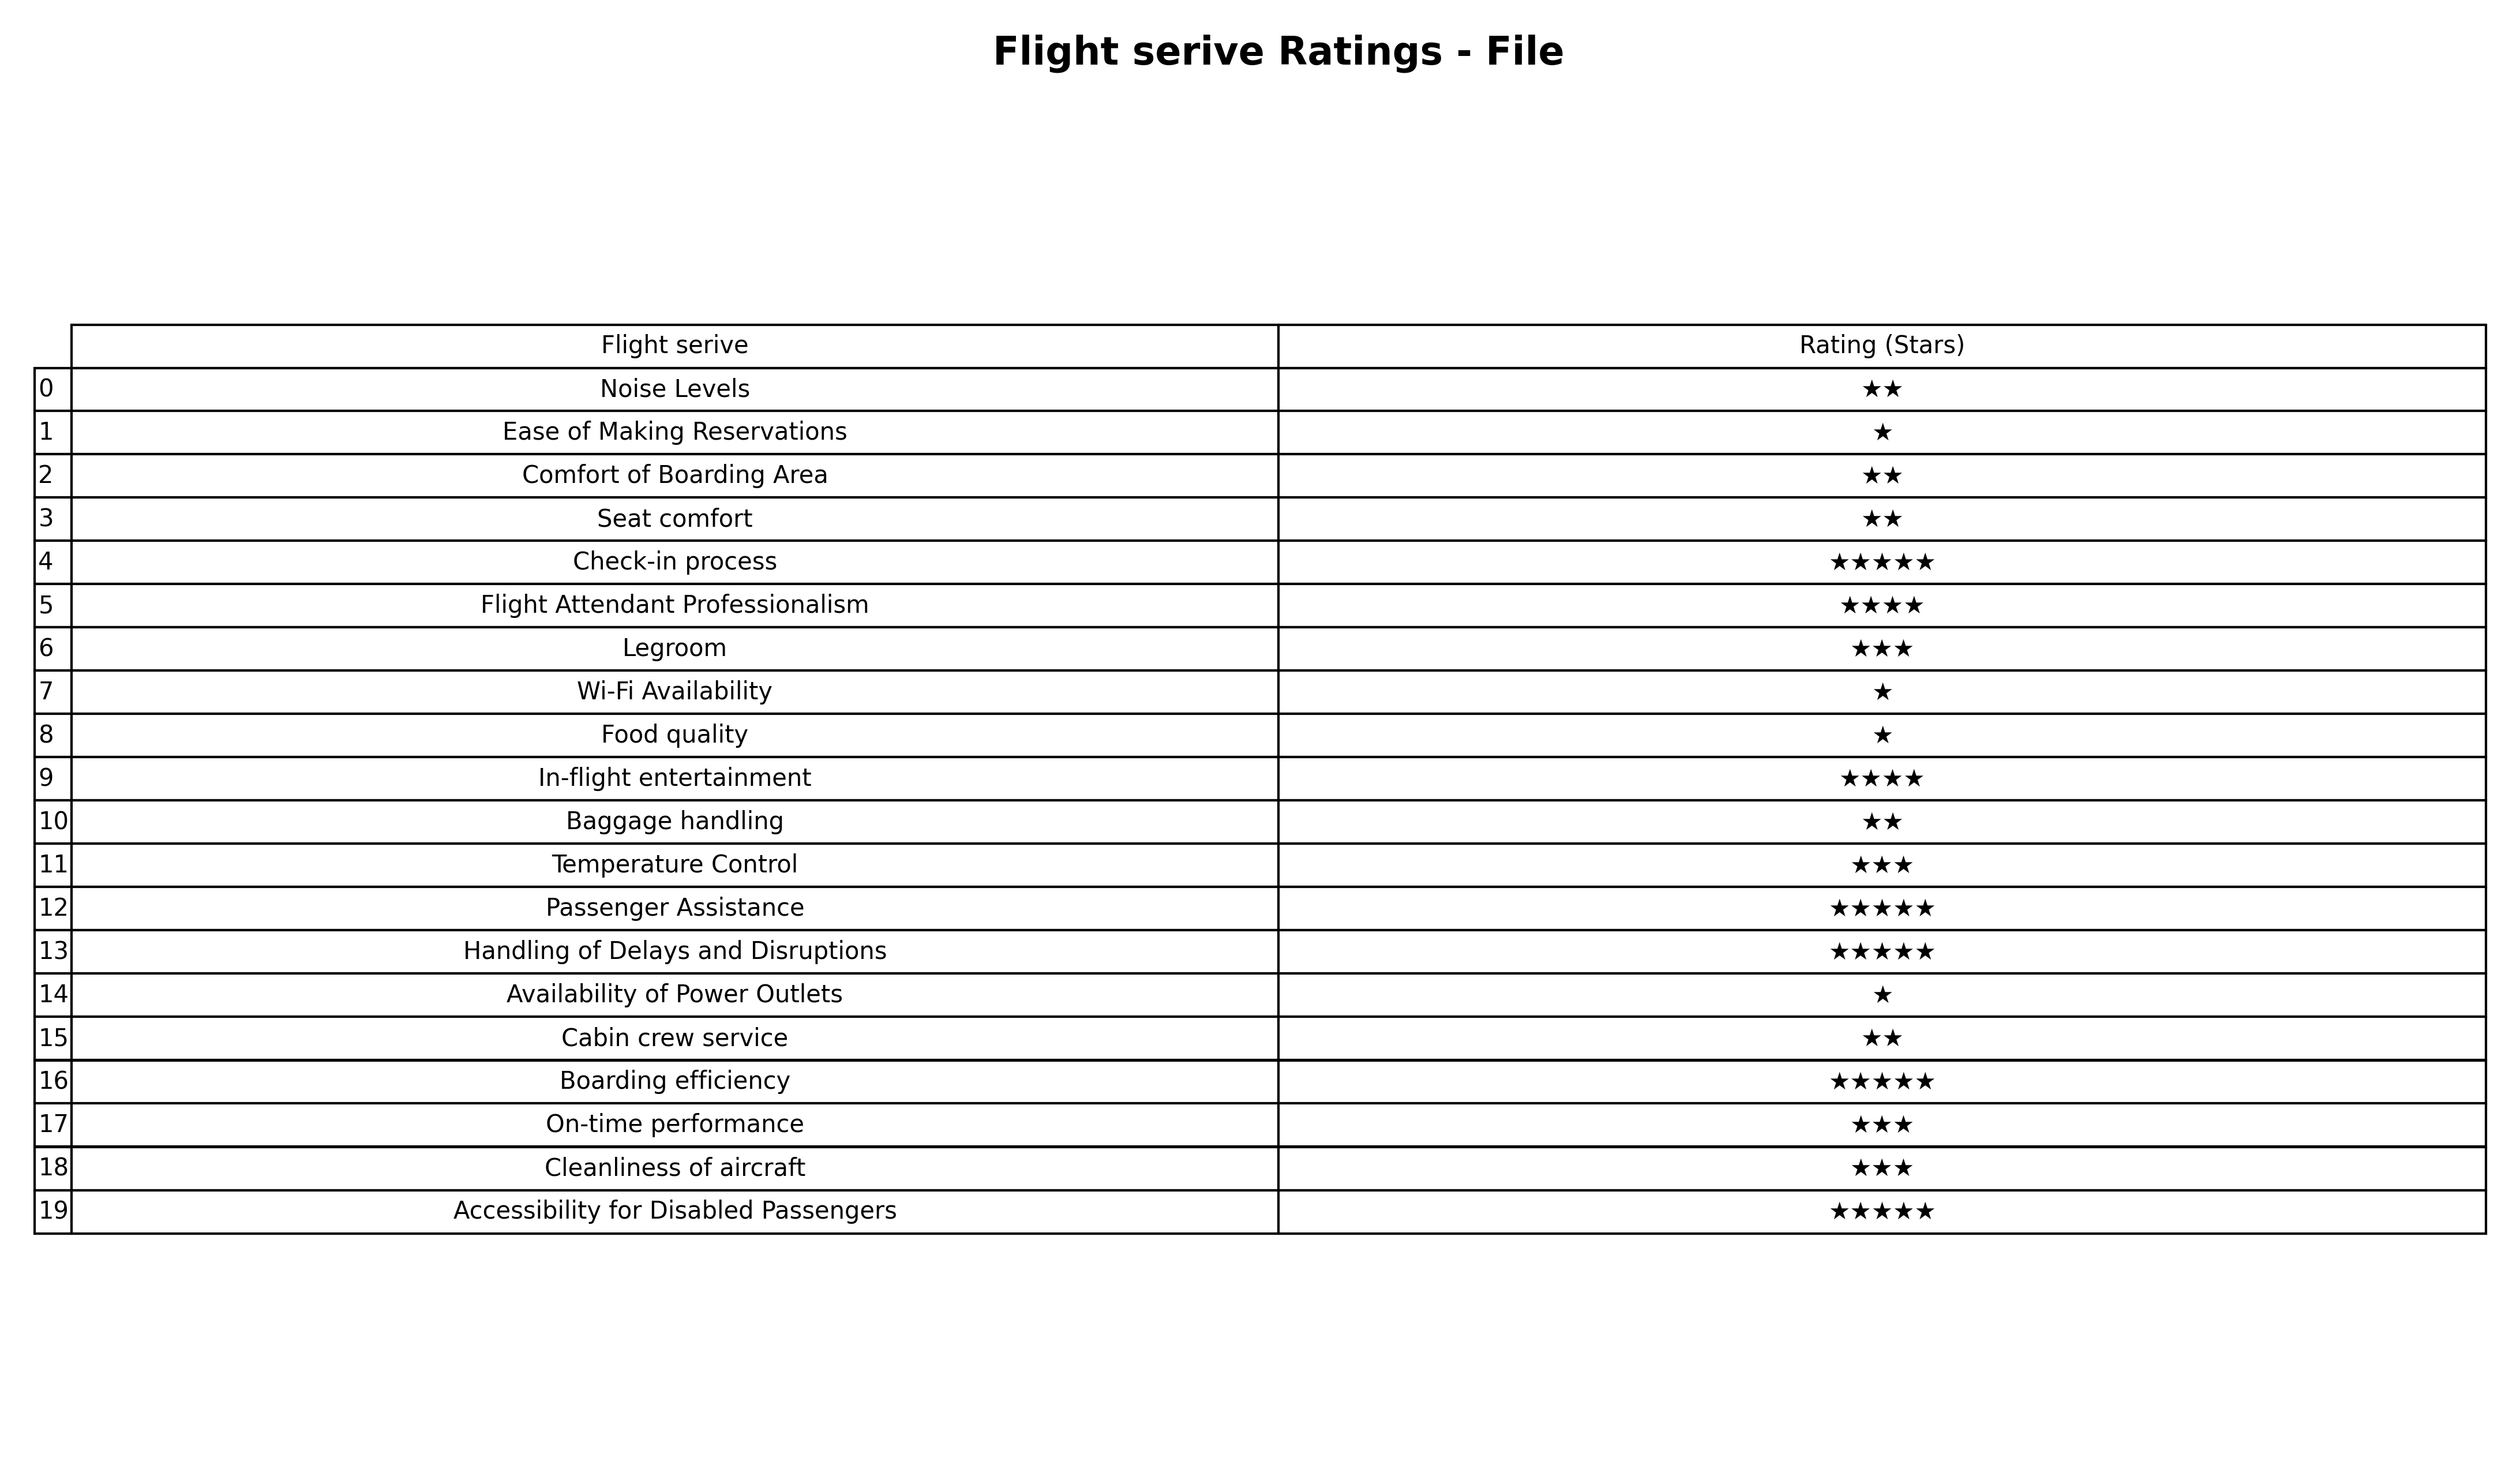
question: What are five star services?
answer: Check-in processPassenger AssistanceHandling of Delays and DisruptionsBoarding efficiencyAccessibility for Disabled Passengers